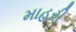
માહરી